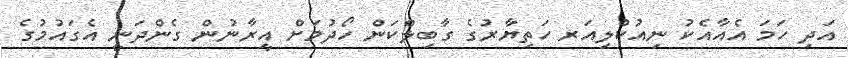
އަދި ހަމަ އެއާއެކު ނިއުކްލިއަރ ހަތިޔާރުގެ ގާބިލްކަން ހޯދުމަށް އީރާނުން ގެންދަނީ އެގައުމުގެ